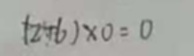
( 2 + 6 ) \times 0 = 0